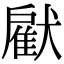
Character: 𤡵